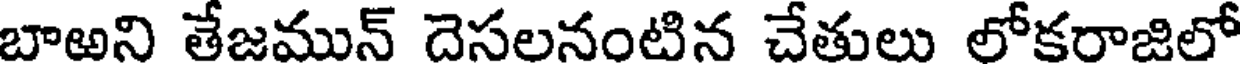
బాఱని తేజమున్ దెసలనంటిన చేతులు లోకరాజిలో